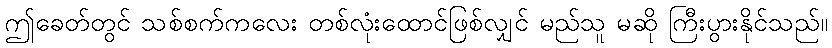
ဤခေတ်တွင် သစ်စက်ကလေး တစ်လုံးထောင်ဖြစ်လျှင် မည်သူ မဆို ကြီးပွားနိုင်သည်။